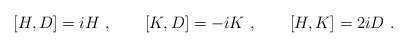
\begin{align*}[H, D] = iH \ , \qquad [K, D] = -iK \ , \qquad [H, K] = 2iD \ .\end{align*}